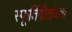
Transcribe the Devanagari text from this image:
स्फूर्तिगीतांच्या